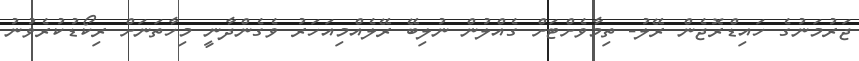
ޖަރުމަނުގެ ހައިޑްރޮޖެން ރޭލު- ތިމާވެށްޓަށް ގެއްލުން ނުލިބޭ ރޭލެއްމިއަހަރު ވެގެންދާނީ މިހާތަނަށް ރިކޯޑުކުރެވުނު